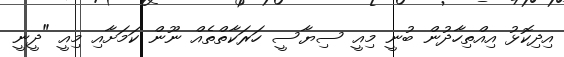
އިދިކޮޅު އިއްތިހާދުން ބުނީ މިއީ ސިޔާސީ ހަރަކާތްތެއް ނޫން ކަމަށާއި މިއީ "ދީނީ